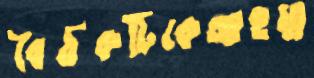
বৈঠকটিকেআহম্ম